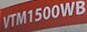
VTM1500WB